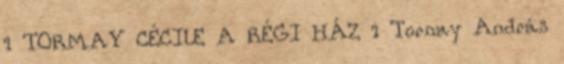
1 TORMAY CÉCILE A RÉGI HÁZ 1 Tornay András